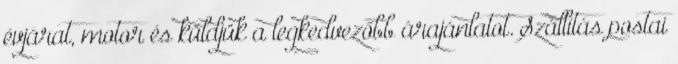
évjárat, motor és küldjük a legkedvezőbb árajánlatot. Szállítás postai